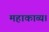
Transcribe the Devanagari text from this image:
महाकाव्य।